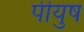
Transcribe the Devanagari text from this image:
पीयुष